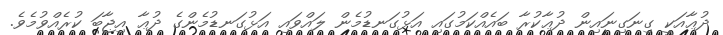
ދުޢާއަކީ ގިނަގިނައިން ދުޢާކުރާ ބައެއްކަމުގައި އަޅުގަނޑުމެން ލައްވައި އަޅުގަނޑުމެންގެ ދުޢާ އިޖާބަ ކުރެއްވުމެވެ.